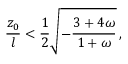
{ \frac { z _ { 0 } } { l } } < { \frac { 1 } { 2 } } \sqrt { - { \frac { 3 + 4 \omega } { 1 + \omega } } } \, ,